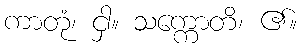
ကာတုံ၊ ငှါ။ သက္ကောတိ၊ ၏။